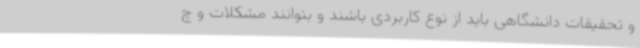
و تحقیقات دانشگاهی باید از نوع کاربردی باشند و بتوانند مشکلات و چ